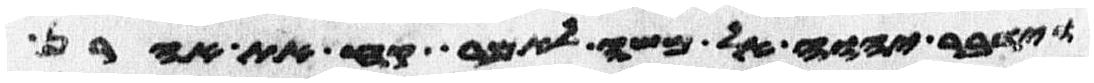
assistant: וידבר יהוה אל משה לאמר קח את אהרן